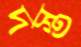
দস্ত